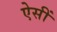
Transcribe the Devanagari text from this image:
ऐसीं